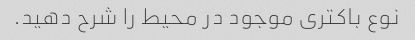
نوع باکتری موجود در محیط را شرح دهید.